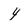
Character: 4